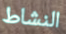
النشاط